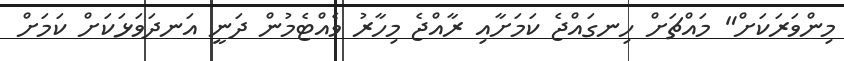
މިންވަރަކަށް" މައްޗަށް ހިނގައްޖެ ކަމަށާއި ރާއްޖެ މިހާރު ވެއްޓެމުން ދަނީ އަނދަވަޅަކަށް ކަމަށް